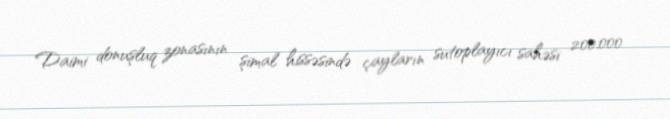
Daimi donuşluq zonasının şimal hissəsində çayların sutoplayıcı sahəsi 200.000